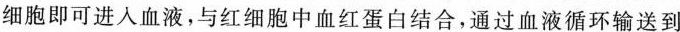
细胞即可进入血液，与红细胞中血红蛋白结合，通过血液循环输送到